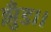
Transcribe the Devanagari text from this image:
झुँड।।